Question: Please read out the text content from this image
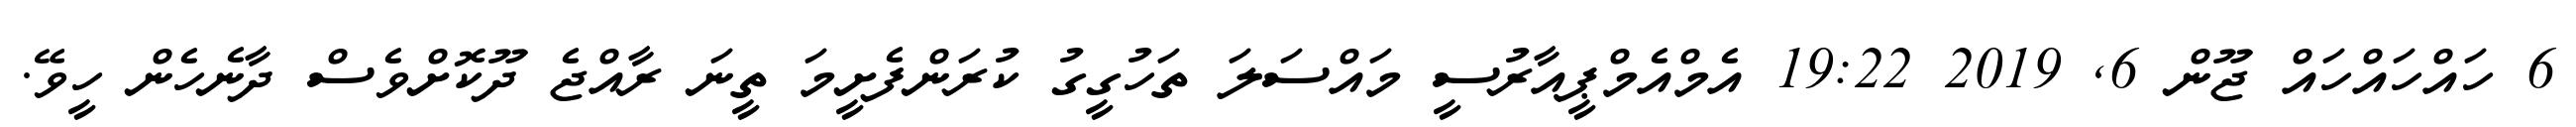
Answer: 6 ހައްހައްހައް ޖޫން 6, 2019 19:22 އެމްއެމްޕީއާރުސީ މައްސަލަ ތަހުގީގު ކުރަންފެށީމަ ތީނަ ރާއްޖެ ދޫކޮށްވެސް ދާނެހެން ހީވޭ.